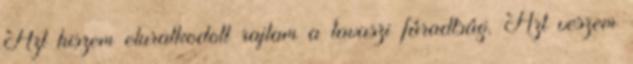
Azt hiszem eluralkodott rajtam a tavaszi fáradtság. Azt veszem